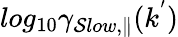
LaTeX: log_{10}\gamma_{\mathcal{S}low,\parallel}(k^{'})